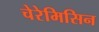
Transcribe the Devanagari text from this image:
चेरेमिसिन